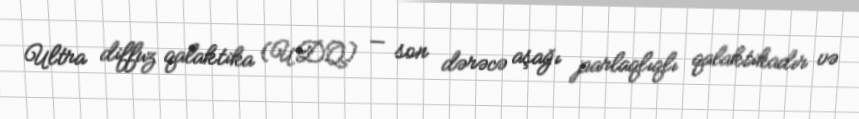
Ultra diffuz qalaktika (UDQ) — son dərəcə aşağı parlaqlıqlı qalaktikadır və